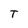
Character: T